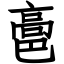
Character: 䯩